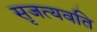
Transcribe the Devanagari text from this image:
सृजत्यवति